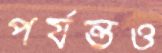
পর্যন্তও